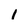
Character: 1